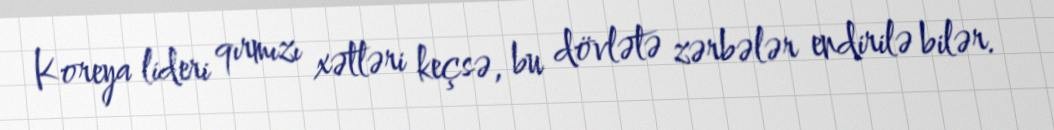
Koreya lideri qırmızı xətləri keçsə, bu dövlətə zərbələr endirilə bilər.